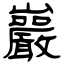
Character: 巖